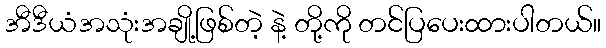
အီဒီယံအသုံးအချို့ဖြစ်တဲ့ နဲ့ တို့ကို တင်ပြပေးထားပါတယ်။